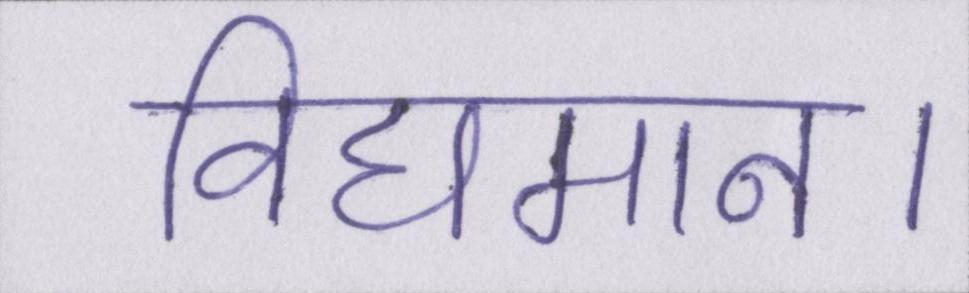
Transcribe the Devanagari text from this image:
विद्यमान।